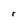
Character: r